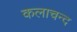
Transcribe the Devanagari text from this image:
कलाचन्द